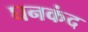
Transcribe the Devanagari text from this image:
घनकंद